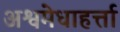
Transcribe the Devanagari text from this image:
अश्वमेधाहर्त्ता